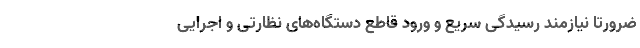
ضرورتا نیازمند رسیدگی سریع و ورود قاطع دستگاه‌های نظارتی و اجرایی